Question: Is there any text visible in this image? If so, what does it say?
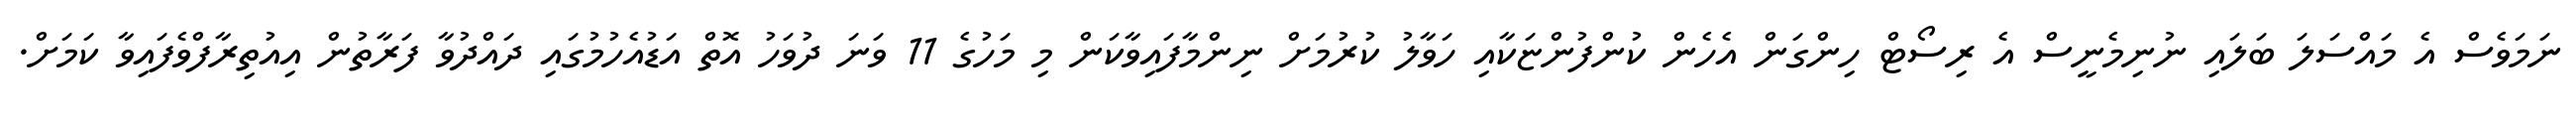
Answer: ނަމަވެސް އެ މައްސަލަ ބަލައި ނުނިމެނީސް އެ ރިސޯޓް ހިންގަން އެހެން ކުންފުންޏަކާއި ހަވާލު ކުރުމަށް ނިންމާފައިވާކަން މި މަހުގެ 11 ވަނަ ދުވަހު އޮތް އަޑުއެހުމުގައި ދައްދުވާ ފަރާތުން އިއުތިރާފްވެފައިވާ ކަމަށް.